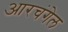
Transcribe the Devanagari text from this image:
आरचंगेल